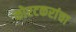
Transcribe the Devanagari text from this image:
कोरटकरांचा